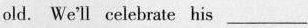
old. We'll celebrate his ___